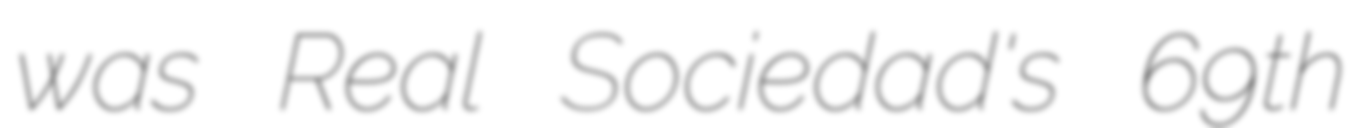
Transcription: was Real Sociedad's 69th